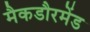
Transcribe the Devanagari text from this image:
मैकडौरमेंड